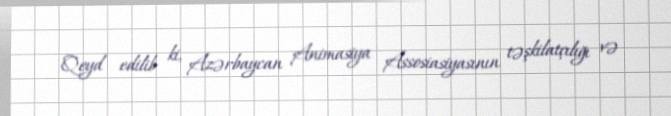
Qeyd edilib ki, Azərbaycan Animasiya Assosiasiyasının təşkilatçılığı və